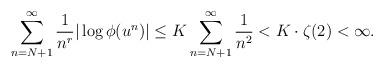
LaTeX: \begin{align*}\sum_{n=N+1}^{\infty} \dfrac{1}{n^{r}} |\log \phi(u^{n})| \le K \sum_{n=N+1}^{\infty} \dfrac{1}{n^{2}}< K \cdot \zeta(2) < \infty.\end{align*}